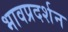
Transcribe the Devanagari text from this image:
भावप्रदर्शन